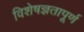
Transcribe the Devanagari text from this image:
विशेषज्ञतापूर्ण